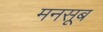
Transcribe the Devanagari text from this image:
मनसूब